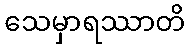
သေမှာရဿာတိ